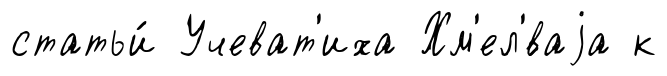
статьи́ Учеват'иха Хм'ел'́ваjа к